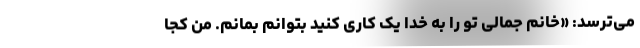
می‌ترسد: «خانم جمالی تو را به خدا یک کاری کنید بتوانم بمانم. من کجا